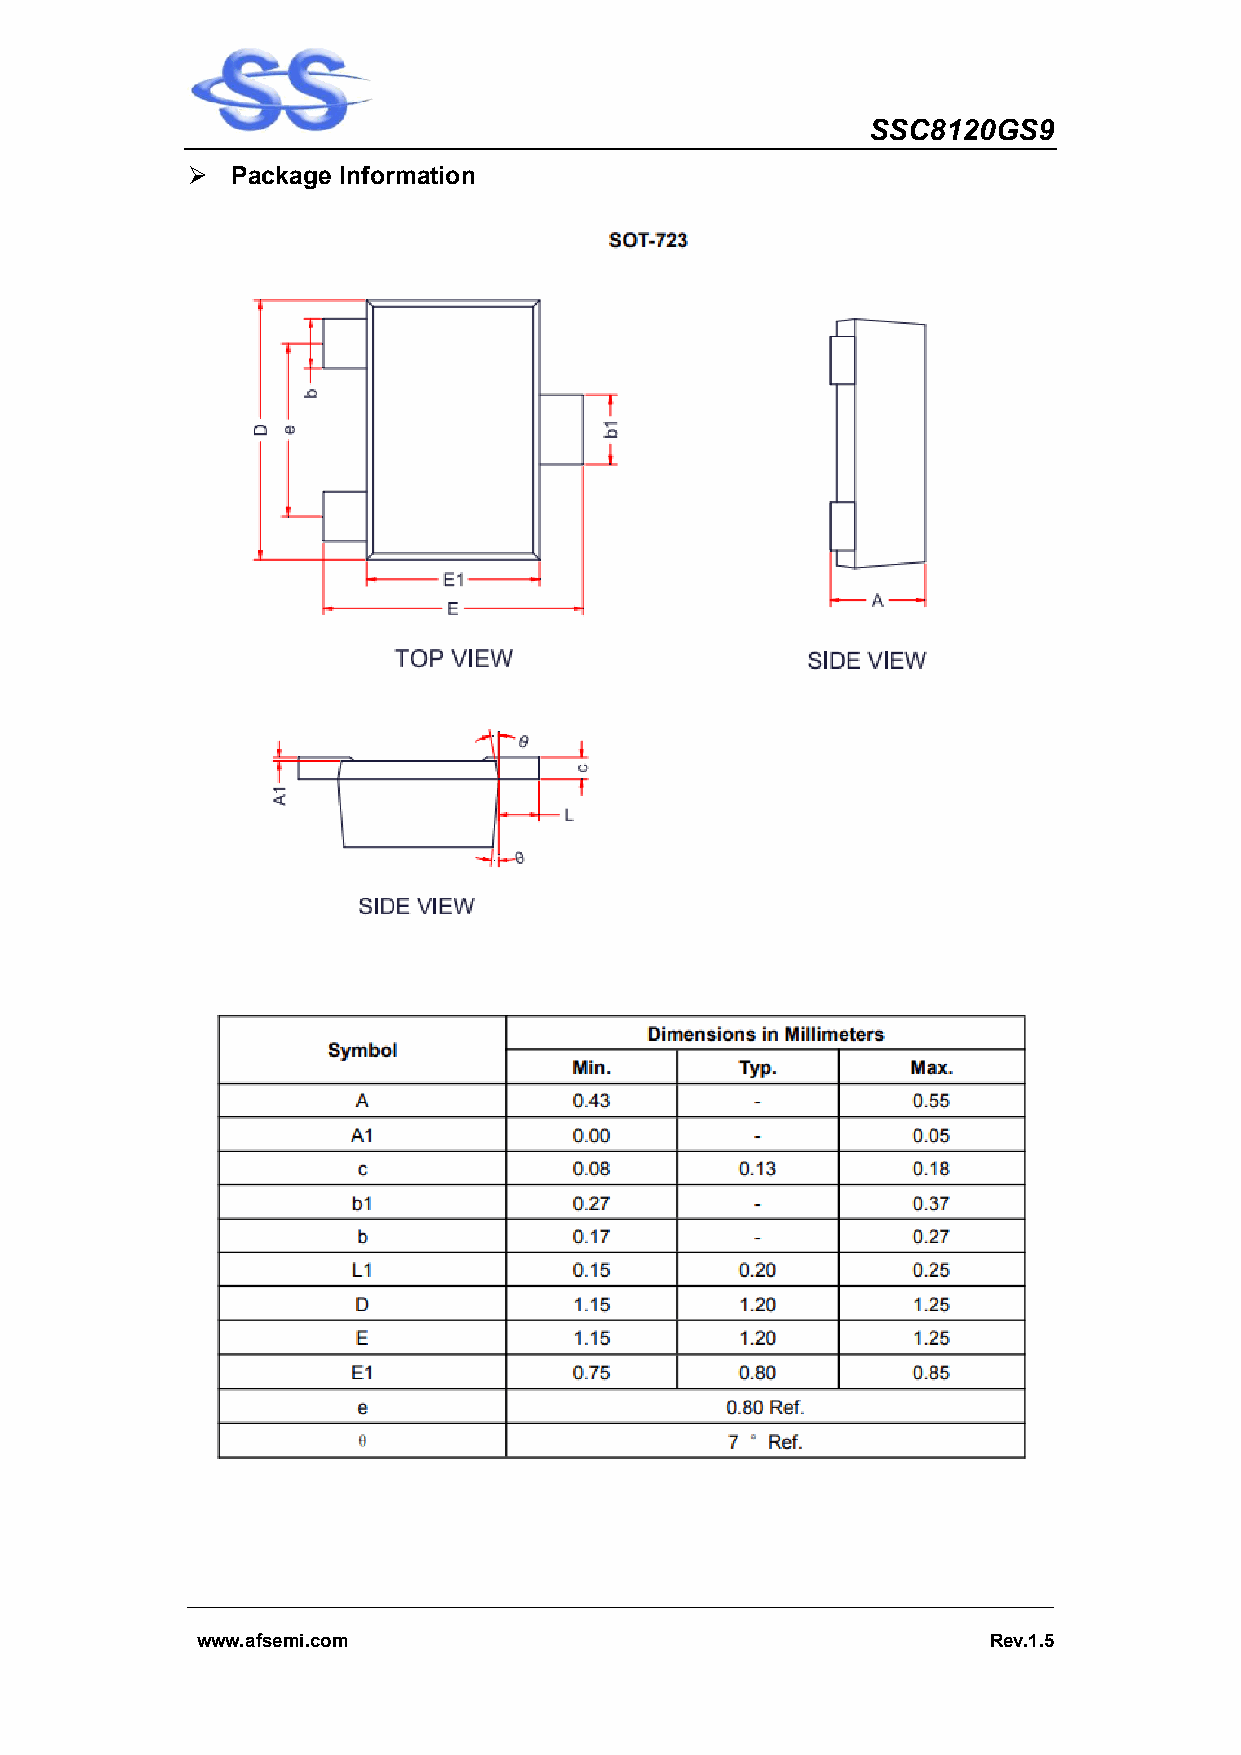
SSC8120GS9
   Package Information
 www.afsemi.com                                      Rev.1.5